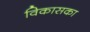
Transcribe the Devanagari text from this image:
विकासका